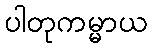
ပါတုကမ္မာယ